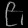
Digit: ၉